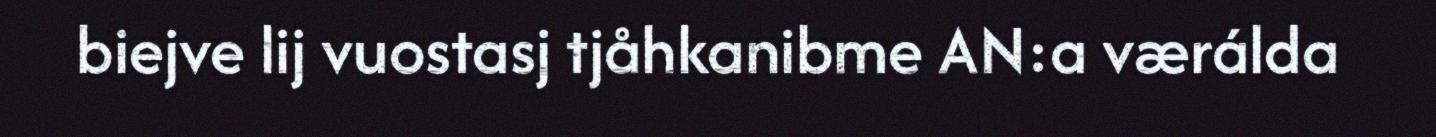
biejve lij vuostasj tjåhkanibme AN:a værálda